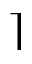
\rceil